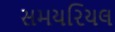
સમયરિયલ